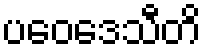
ပဝေဒေသီတိ